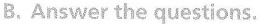
B.Answer the questions.